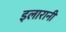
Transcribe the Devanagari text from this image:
इलारानी